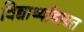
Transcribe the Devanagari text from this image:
विद्यार्थ्याबाबत